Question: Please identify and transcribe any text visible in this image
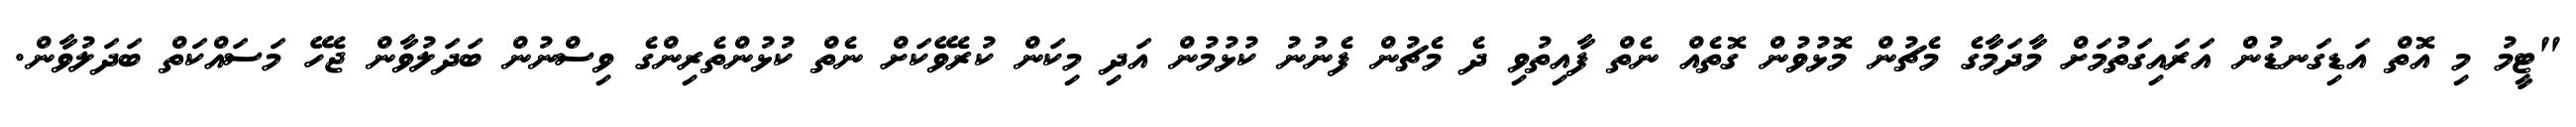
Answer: "ޓީމު މި އޮތް އަޑިގަނޑުން އަރައިގަތުމަށް މާދަމާގެ މެޗުން މޮޅުވުން ގޮތެއް ނެތް ފާއިތުވި ދެ މެޗުން ފެނުނު ކުޅުމުން އަދި މިކަން ކުރެވޭކަށް ނެތް ކުޅުންތެރިންގެ ވިސްނުން ބަދަލުވާން ޖެހޭ މަސައްކަތް ބަދަލުވާން.